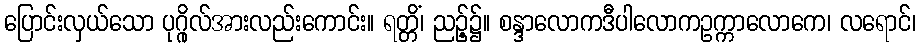
ပြောင်းလှယ်သော ပုဂ္ဂိုလ်အားလည်းကောင်း။ ရတ္တိံ၊ ညဉ့်၌။ စန္ဒာလောကဒီပါလောကဥက္ကာလောကေ၊ လရောင်၊